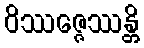
ဝိဿဇ္ဇေဿန္တိ